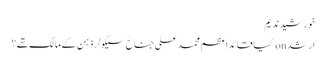
خورشید ندیم
ارشد on کیا قائداعظم محمد علی جناحؒ سیکولر ذہن کے مالک تھے؟